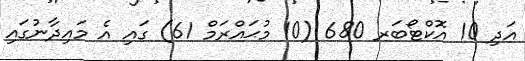
އަދި 10 އޮކްޓޯބަރ 680 (10 މުޙައްރަމް 61) ގައި އެ މައިދާނުގައި